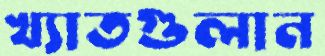
খ্যাতগুলান